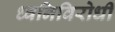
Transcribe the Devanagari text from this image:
ध्वनिविरोधी